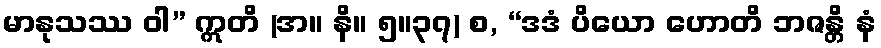
မာနုသဿ ဝါ” ဣတိ (အ။ နိ။ ၅။၃၇) စ, “ဒဒံ ပိယော ဟောတိ ဘဇန္တိ နံ